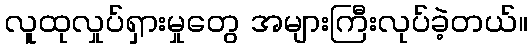
လူထုလှုပ်ရှားမှုတွေ အများကြီးလုပ်ခဲ့တယ်။